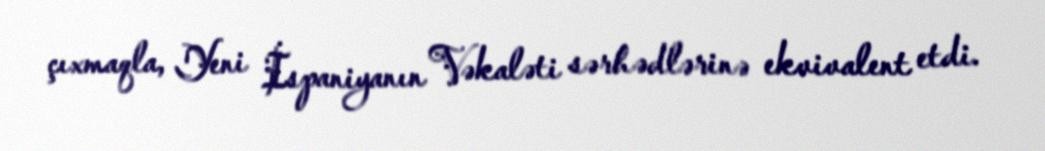
çıxmaqla, Yeni İspaniyanın Vəkaləti sərhədlərinə ekvivalent etdi.